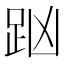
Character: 𧿖